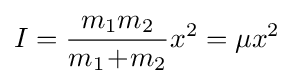
I={\frac {m_{1}m_{2}}{m_{1}\!+\!m_{2}}}x^{2}=\mu x^{2}